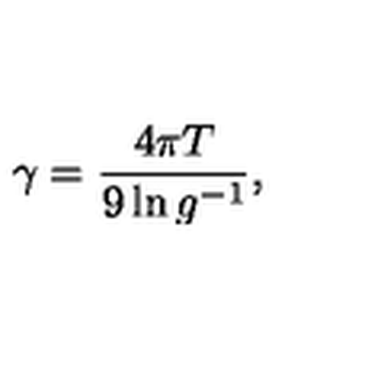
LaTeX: \gamma = \frac { 4 \pi T } { 9 \ln g ^ { - 1 } } ,